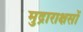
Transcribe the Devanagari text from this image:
मुद्राराक्षसों